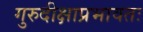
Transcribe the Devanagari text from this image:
गुरुदीक्षाप्रभावतः